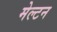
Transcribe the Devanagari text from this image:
मेल्टन